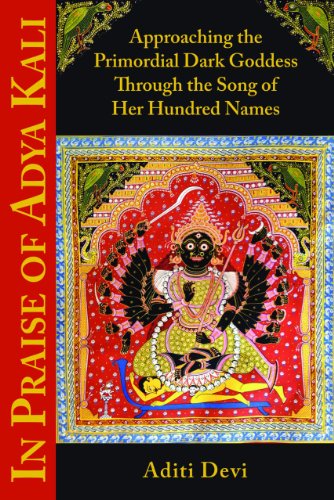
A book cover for In Praise of Adya Kali: Approaching the Primordial Dark Goddess Through the Song of Her Hundred Names; Aditi Devi; Religion & Spirituality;